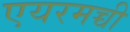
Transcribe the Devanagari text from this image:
एयरमच्ची